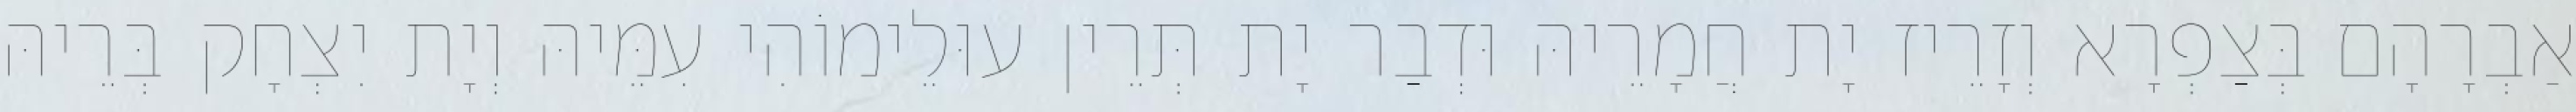
אַבְרָהָם בְּצַפְרָא וְזָרֵיז יָת חֲמָרֵיהּ וּדְבַר יָת תְּרֵין עוּלֵימוֹהִי עִמֵּיהּ וְיָת יִצְחָק בְּרֵיהּ